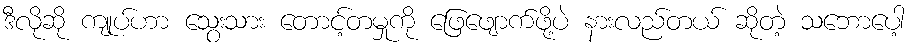
ဒီလိုဆို ကျုပ်ဟာ သွေးသား တောင့်တမှုကို ဖြေဖျောက်ဖို့ပဲ နားလည်တယ် ဆိုတဲ့ သဘောပေါ့